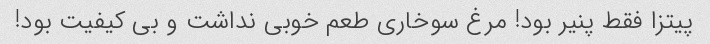
پیتزا فقط پنیر بود! مرغ سوخاری طعم خوبی نداشت و بی کیفیت بود!